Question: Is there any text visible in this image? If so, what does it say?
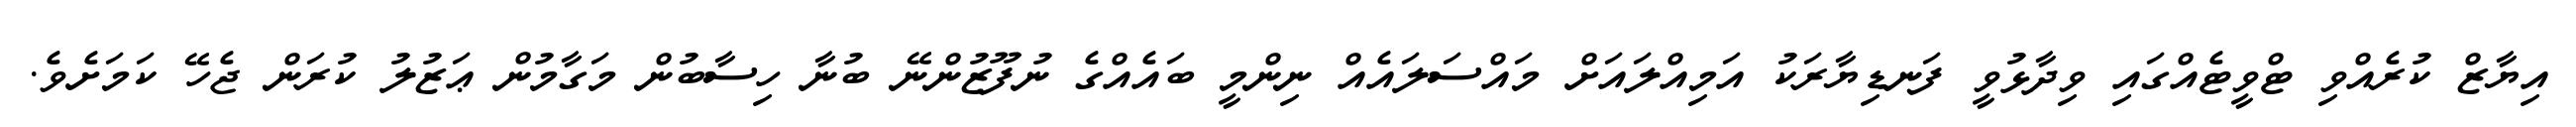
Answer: އިޔާޒް ކުރެއްވި ޓްވީޓެއްގައި ވިދާޅުވީ ފަނޑިޔާރަކު އަމިއްލައަށް މައްސަލައެއް ނިންމީ ބައެއްގެ ނުފޫޒުންނޭ ބުނާ ހިސާބުން މަގާމުން ޢަޒުލު ކުރަން ޖެހޭ ކަމަށެވެ.